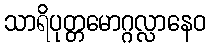
သာရိပုတ္တမောဂ္ဂလ္လာနေဝ